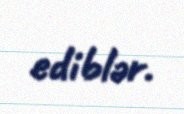
ediblər.